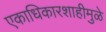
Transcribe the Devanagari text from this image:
एकाधिकारशाहीमुळे